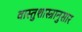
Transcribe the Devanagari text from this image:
वास्तुशास्त्रानुसार